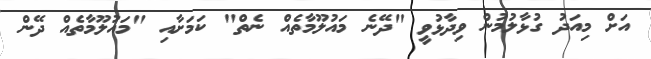
އަށް މިއަދު ގުޅާލުމުން ވިދާޅުވީ "ދޭނެ މައުލޫމާތެއް ނެތް" ކަމަށާއި "މައުލޫމާތެއް ދޭން